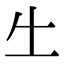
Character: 𠂒